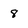
Character: 8